Indian journal of veterinary science and animal husbandry - Volumes 15-17, 1948-1951
Year: 1948
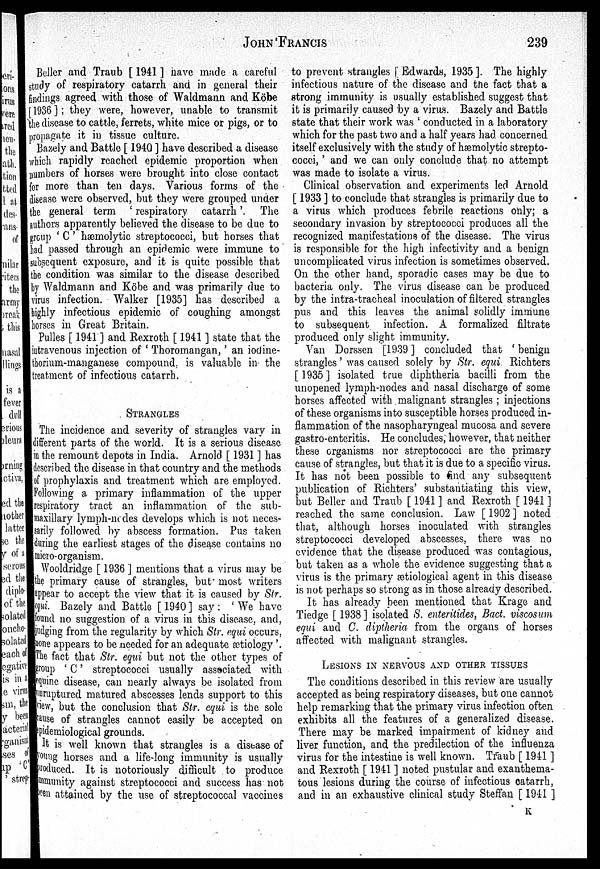
JOHN
FRANCIS
239
Beller and Traub [ 1941 ] have made a careful
study of respiratory catarrh and in general their
findings agreed with those of Waldmann and Köbe
[ 1936 ]; they were, however, unable to transmit
the disease to cattle, ferrets, white mice or pigs, or to
propagate it in tissue culture.
Bazely and Battle [ 1940 ] have described a disease
which rapidly reached epidemic proportion when
numbers of horses were brought into close contact
for more than ten days. Various forms of the
disease were observed, but they were grouped under
the general term ' respiratory catarrh'. The
authors apparently believed the disease to be due to
group ' C' hæmolytic streptococci, but horses that
had passed through an epidemic were immune to
subsequent exposure, and it is quite possible that
the condition was similar to the disease described
by Waldmann and Köbe and was primarily due to
virus infection. Walker [1935] has described a
highly infectious epidemic of coughing amongst
horses in Great Britain.
Pulles [ 1941 ] and Rexroth [ 1941 ] state that the
intravenous injection of ' Thoromangan,' an iodine-
thorium-manganese compound, is valuable in the
treatment of infectious catarrh.
STRANGLES
The incidence and severity of strangles vary in
different parts of the world. It is a serious disease
in the remount depots in India. Arnold [ 1931 ] has
described the disease in that country and the methods
of prophylaxis and treatment which are employed.
Following a primary inflammation of the upper
respiratory tract an inflammation of the sub-
maxillary Iymph-nedes develops which is not neces-
sarily followed by abscess formation. Pus taken
during the earliest stages of the disease contains no
micro-organism.
Wooldridge [ 1936 ] mentions that a virus may be
the primary cause of strangles, but - most writers
appear to accept the view that it is caused by Str.
equi. Bazely and Battle [ 1940 ] say : ' We have
found no suggestion of a virus in this disease, and,
judging from the regularity by which Str. equi occurs,
none appears to be needed for an adequate ætiology '.
The fact that Str. equi but not the other types of
group ' C' streptococci usually associated with
equine disease, can nearly always be isolated from
unruptured matured abscesses lends support to this
view, but the conclusion that Str. equi is the sole
cause of strangles cannot easily be accepted on
pidemiological grounds.
It is well known that strangles is a disease of
young horses and a life-long immunity is usually
produced. It is notoriously difficult to produce
community
against streptococci and success has not
een attained by the use of streptococcal vaccines
to prevent strangles [ Edwards, 1935 ]. The highly
infectious nature of the disease and the fact that a
strong immunity is usually established suggest that
it is primarily caused by a virus. Bazely and Battle
state that their work was ' conducted in a laboratory
which for the past two and a half years had. concerned
itself exclusively with the study of hæmolytic strepto-
cocci, ' and we can only conclude that no attempt
was made to isolate a virus.
Clinical observation and experiments led Arnold
[ 1933 ] to conclude that strangles is primarily due to
a virus which produces febrile reactions only; a
secondary invasion by streptococci produces all the
recognized manifestations of the disease. The virus
is responsible for the high infectivity and a benign
uncomplicated virus infection is sometimes observed.
On the other hand, sporadic cases may be due to
bacteria only. The virus disease can be produced
by the intra-tracheal inoculation of filtered strangles
pus and this leaves the animal solidly immune
to subsequent infection. A formalized filtrate
produced only slight immunity.
Van Dorssen [1939 ] concluded that ' benign
strangles' was caused solely by Str. equi Richters
[1935] isolated true diphtheria bacilli from the
unopened lymph-nodes and nasal discharge of some
horses affected with malignant strangles ; injections
of these organisms into susceptible horses produced in-
flammation of the nasopharyngeal mucosa and severe
gastro-enteritis. He concludes, however, that neither
these organisms nor streptococci are the primary
cause of strangles, but that it is due to a specific virus.
It has not been possible to find any subsequent
publication of Richters' substantiating this view,
but Beller and Traub [ 1941 ] and Rexroth [ 1941 ]
reached the same conclusion. Law [ 1902 ] noted
that, although horses inoculated with strangles
streptococci developed abscesses, there was no
evidence that the disease produced was contagious,
but taken as a whole the evidence suggesting that a
virus is the primary ætiological agent in this disease
is not perhaps so strong as in those already described.
It has already been mentioned that Krage and
Tiedge [ 1938] isolated S. enteritides, Bact. viscosum
equi and C. diptheria from the organs of horses
affected with malignant strangles.
LESIONS IN NERVOUS AND OTHER TISSUES
The conditions described in this review are usually
accepted as being respiratory diseases, but one cannot
help remarking that the primary virus infection often
exhibits all the features of a generalized disease.
There may be marked impairment of kidney and
liver function, and the predilection of the influenza
virus for the intestine is well known. Traub [ 1941 ]
and Rexroth [ 1941 ] noted pustular and exanthema-
tous lesions during the course of infectious catarrh,
and in an exhaustive clinical study Steffan [ 1941 ]
K